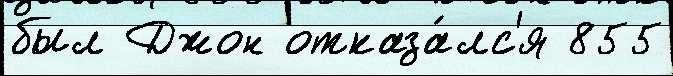
был Джон отказа́лс'я 855